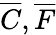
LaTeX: \overline{{C}},\overline{{F}}